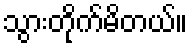
သွားတိုက်မိတယ်။